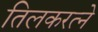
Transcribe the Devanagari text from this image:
तिलकरत्‍ने